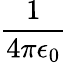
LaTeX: \frac{1}{4\pi\epsilon_{0}}